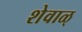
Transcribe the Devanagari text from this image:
शेवाळ्